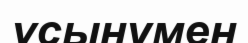
ұсынумен